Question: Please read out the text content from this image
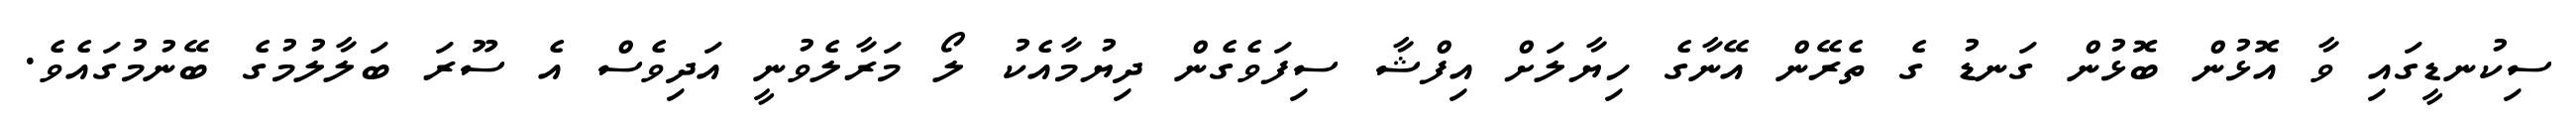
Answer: ސިކުނޑީގައި ވާ އޮޅުން ބޮޅުން ގަނޑު ގެ ތެރޭން އޭނާގެ ހިޔާލަށް އިފްޝާ ސިފަވެގެން ދިޔުމާއެކު ލޯ މަރާލެވުނީ އަދިވެސް އެ ސޫރަ ބަލާލުމުގެ ބޭނުމުގައެވެ.